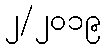
၂/၂၀၁၉